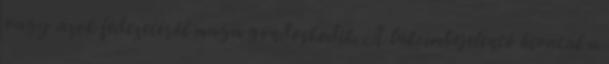
vagy azok fedezetéről maga gondoskodik. A lakcímbejelentő hivatal a